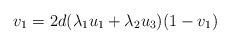
LaTeX: \begin{align*}v_1=2d(\lambda_1u_1 + \lambda_2 u_3)(1-v_1)\end{align*}